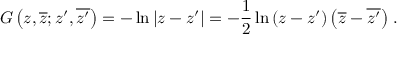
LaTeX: G \left( z , \overline { { { z } } } ; z ^ { \prime } , \overline { { { z ^ { \prime } } } } \right) = - \ln { \left| z - z ^ { \prime } \right| } = - { \frac { 1 } { 2 } } \ln { \left( z - z ^ { \prime } \right) \left( \overline { { z } } - \overline { { { z ^ { \prime } } } } \right) } \; .